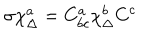
LaTeX: \sigma \chi _ { \Delta } ^ { a } = C _ { b c } ^ { a } \chi _ { \Delta } ^ { b } C ^ { c }